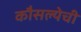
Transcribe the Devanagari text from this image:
कौसल्येची